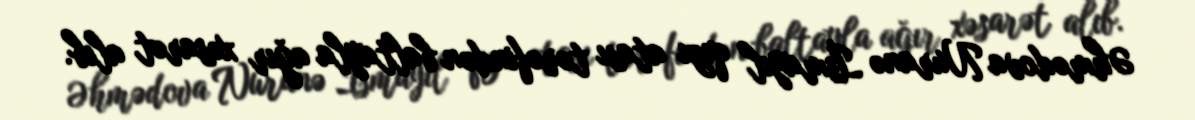
Əhmədova Nuranə İsmayıl qızı atası tərəfindən baltayla ağır xəsarət alıb.